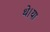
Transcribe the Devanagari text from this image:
थे।या